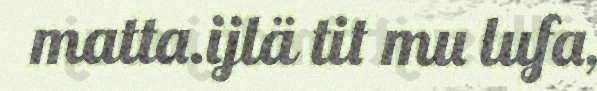
matta.ijlä tit mu lufa,